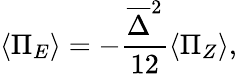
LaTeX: \langle\Pi_{E}\rangle=-\frac{\overline{{\Delta}}^{2}}{12}\langle\Pi_{Z}\rangle,